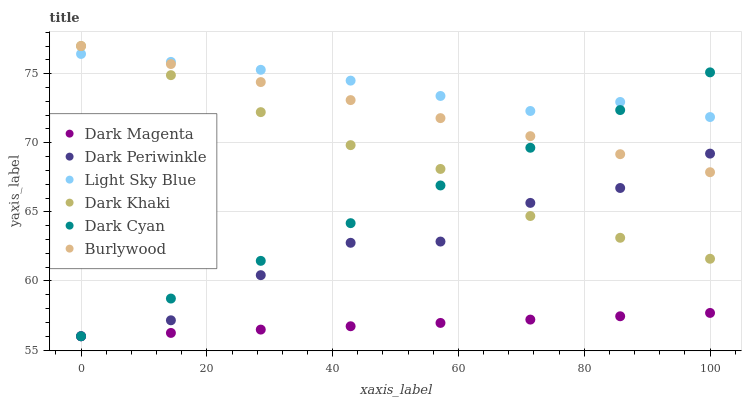
| xaxis_label | Dark Magenta | Dark Periwinkle | Light Sky Blue | Dark Khaki | Dark Cyan | Burlywood |
 | --- | --- | --- | --- | --- | --- | --- |
 | 0 | 56 | 56 | 76.4 | 77 | 56 | 77 |
 | 14.3 | 56.2 | 57.2 | 75.9 | 74.9 | 58.7 | 75.7 |
 | 28.6 | 56.5 | 60.4 | 75.3 | 72.2 | 61.5 | 74.4 |
 | 42.9 | 56.7 | 62.8 | 74.5 | 69.8 | 64.2 | 73.1 |
 | 57.1 | 57 | 62.9 | 73.4 | 68.1 | 66.9 | 71.8 |
 | 71.4 | 57.2 | 65.6 | 72.3 | 64.7 | 69.6 | 70.5 |
 | 85.7 | 57.4 | 66.7 | 73 | 63.1 | 72.4 | 69.2 |
 | 100 | 57.7 | 69.2 | 71.9 | 61.6 | 75.1 | 67.9 |